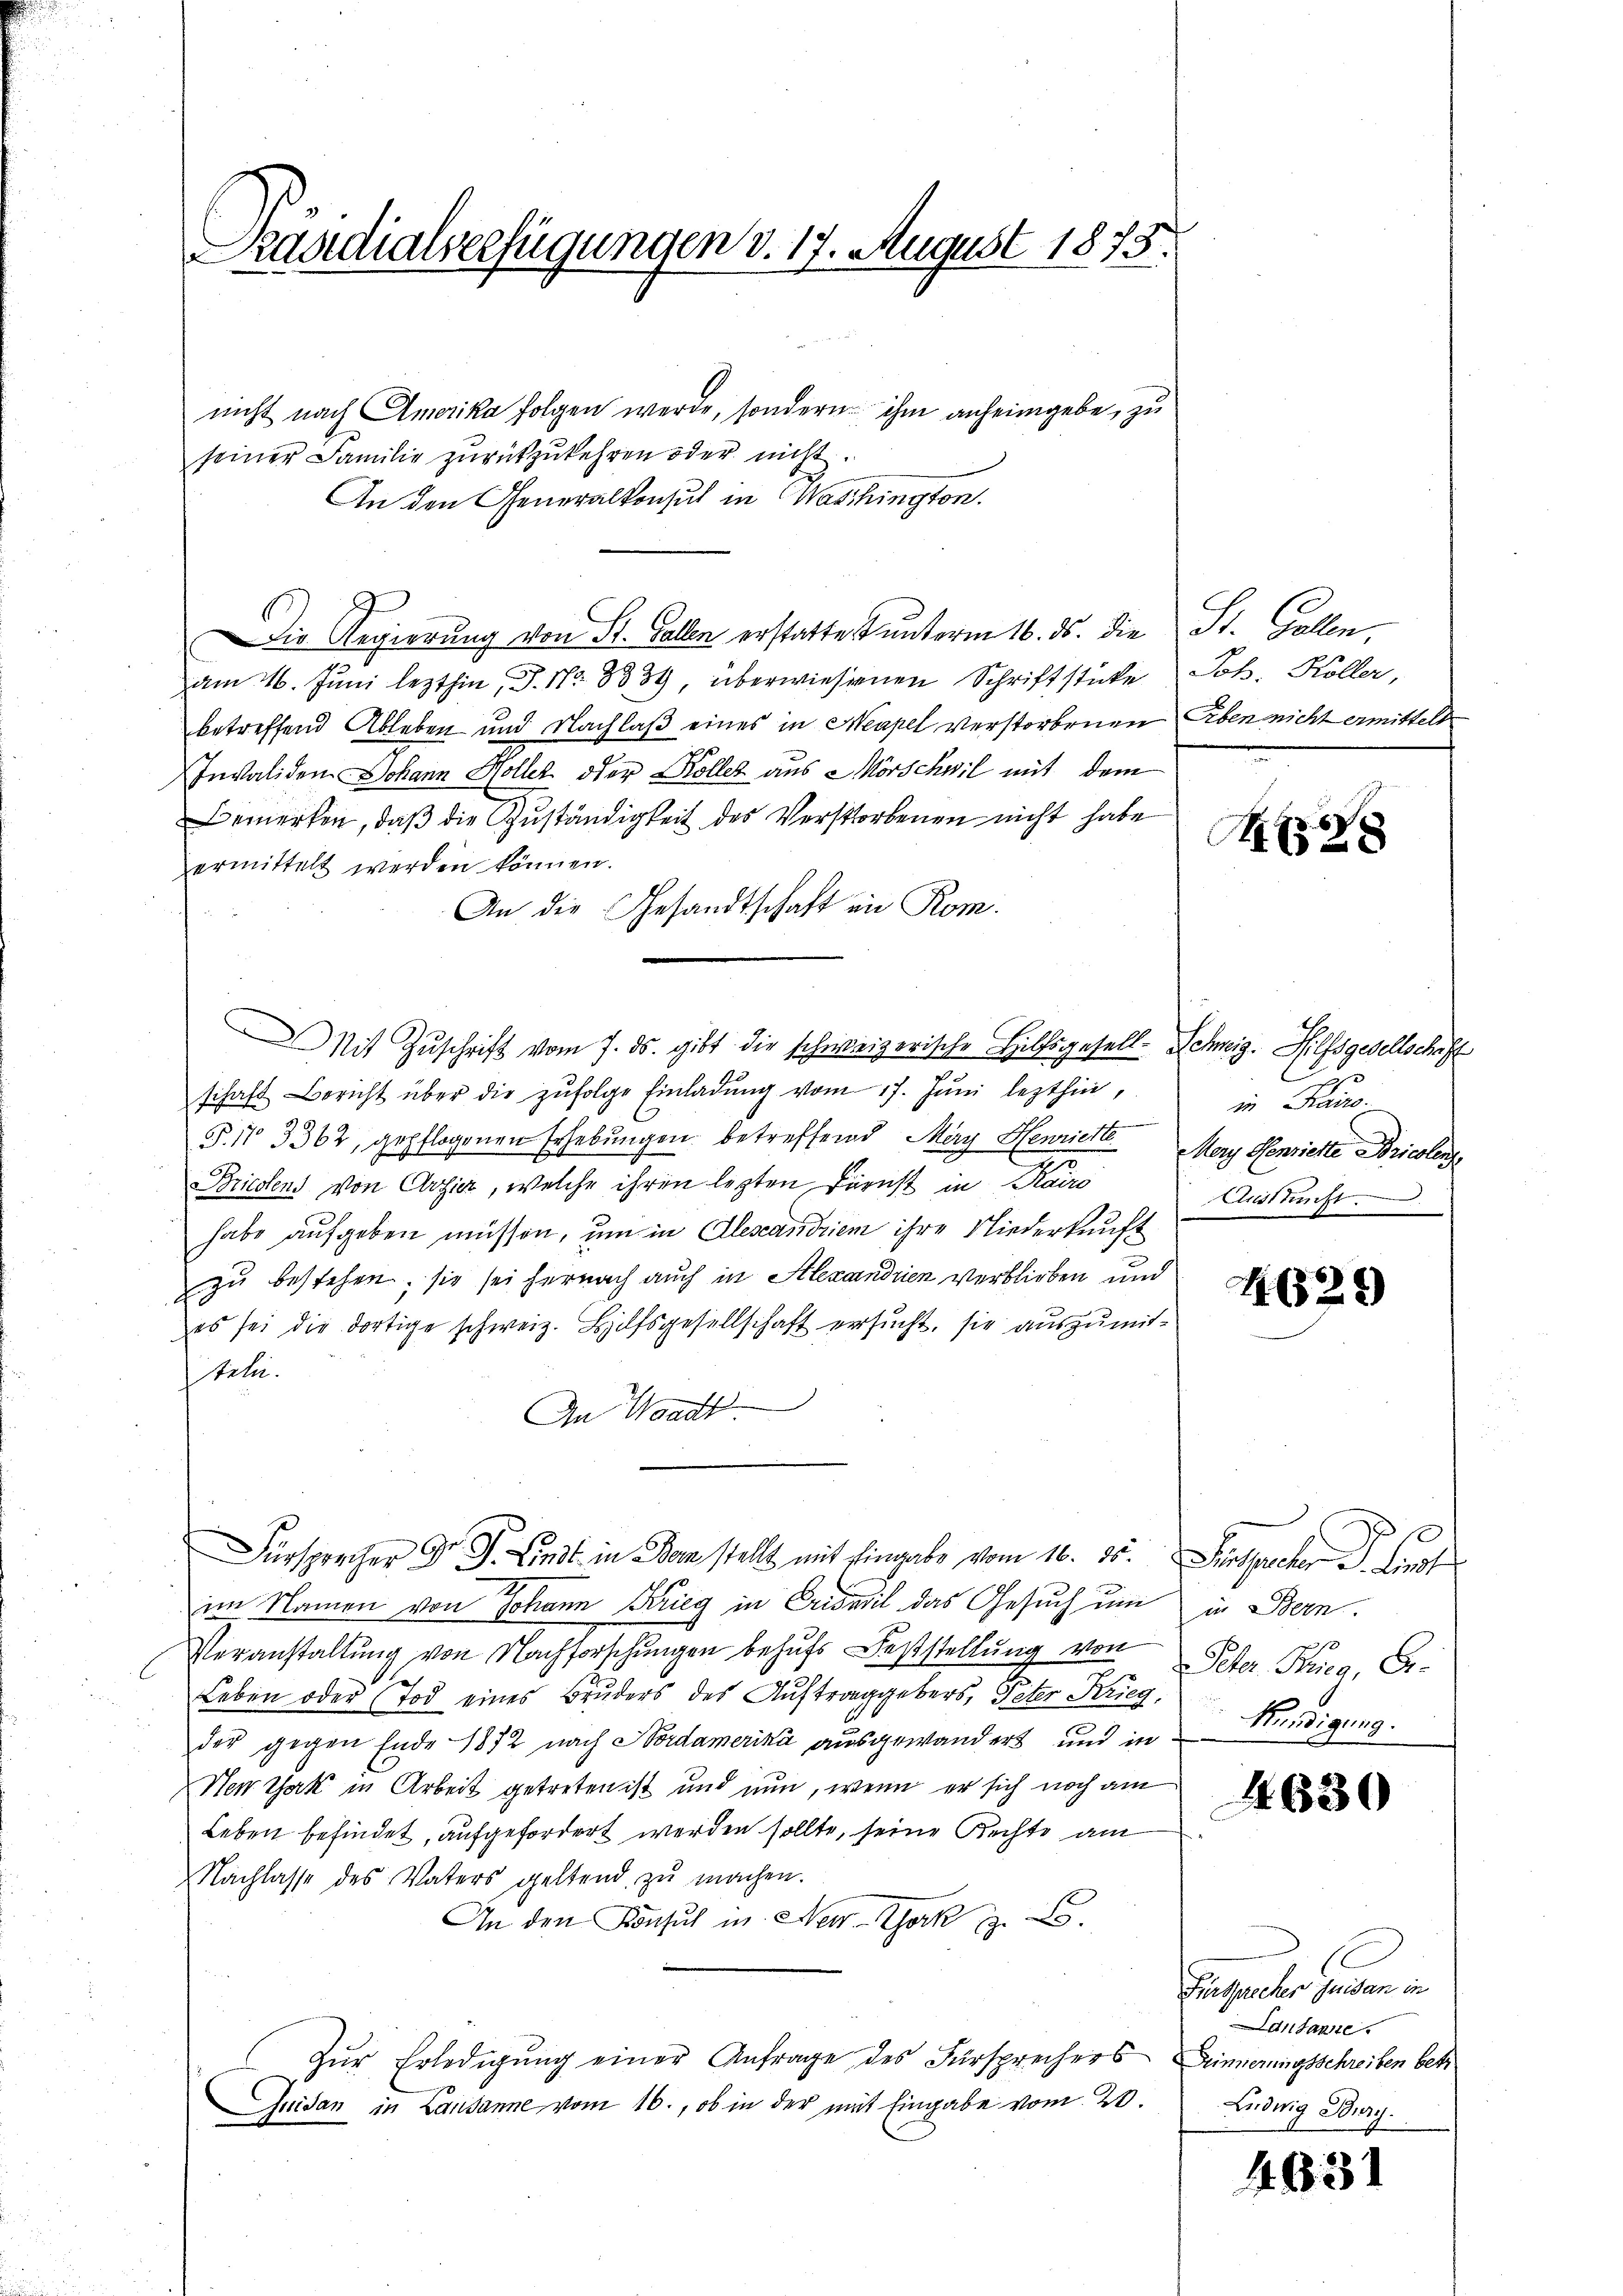
Präsidialverfügungen v. 17. August 1873.

nicht nach Amerika folgen werde, sondern ihm anheimgebe, zu
seiner Familie zurückzukehren oder nicht.
An den Generalkonsul in Waschington.
Die Regierung von St. Gallen erstatte unterm 16. ds. die
am 16. Juni lezthin P. Nr. 3334, überwiesenen Schriftstücke
betreffend Ableben und Nachlaß eines in Neapel verstorbenen Erben nicht ermittelt
Invaliden Johann Holler oder Koller aus Mörschwil mit dem
e
Bemerken, daß die Zuständigkeit des Verstorbenen nicht habe
ermittelt werden können.
An die Gesandtschaft in Rom.
schaft Bericht über die zŭfolge Einladŭng vom 17. Jŭni lezthin,
P. 11 3362, gepflogenen Erhebungen betreffend May Henriette
Briestens von Aosier, welche ihren lezten Farnst in Kairo
habe aufgeben müssen, um in Alescandriem ihre Niederkunft
zu bestehen; sie sei hernach auch in Alexandrien verblieben und
es sei die dortige schweiz. Hilfsgesellschaft ersucht, sie auszumittata.
An Waadt.
Fürsprecher Dr. G. Lindt in Bern stellt mit Eingabe vom 16. 35. Sept.
im Namen von Johann Krieg in Erweil das Gesuch um
Veranstaltung von Nachforschungen behufs Feststellung von
Leben oder Tod eines Bruders des Auftraggebers, Peter Krieg,
der gegen Ende 1872 nach Nordamerika ausgewandert und in
Nenthak in Arbeit getreten ist und nun, wenn er sich noch am
Leben befindet, aufgefordert werden sollte, seine Rechte am
Nachlasse des Vaters geltend zŭ machen.
An den Konsul in New-York z. B.
Zŭr Erledigung einer Anfrage des Fürsprechers enierungsschreiben betr
Juidan in Lausanne vom 16., ob in der mit Eingabe vom 20.

Mit Zŭschrift vom 7. ds. gibt die schweizerische Hilfsgesell-Schweiz. Hilfsgesellschaft

St. Gallen.
Joh. Koller,

1888

in Fraue
Mery Henriette Bricolenz
Austricht

4629)

in Bern
Peter Burg, Gr.
Kündigung.

630

Fürsprecher quidan in
andante
Ludwig Burg.

4631